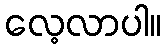
လေ့လာပါ။